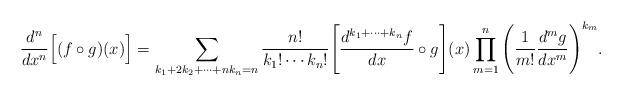
LaTeX: \begin{align*} \frac{d^n}{dx^n}\Big[(f\circ g)(x)\Big] = \sum_{k_1+2k_2+\cdots+nk_n=n}\frac{n!}{k_1!\cdots k_n!}\Bigg[\frac{d^{k_1+\cdots+k_n}f}{dx}\circ g\Bigg](x)\prod_{m=1}^n\Bigg(\frac{1}{m!}\frac{d^mg}{dx^m}\Bigg)^{k_m}.\end{align*}